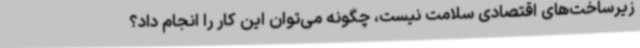
زیرساخت‌های اقتصادی سلامت نیست، چگونه می‌توان این کار را انجام داد؟